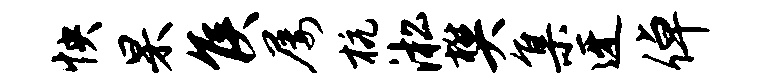
怏杲侯屡杭淞樊集迓倬